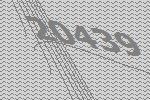
20439